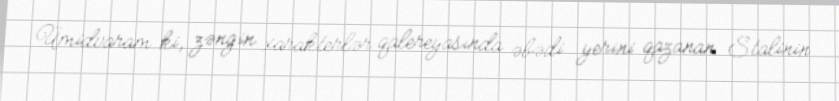
Ümidvaram ki, zəngin xarakterlər qalereyasında əbədi yerini qazanan Stalinin